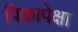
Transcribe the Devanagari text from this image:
पिकापेक्षा